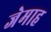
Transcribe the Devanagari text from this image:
जेमाह